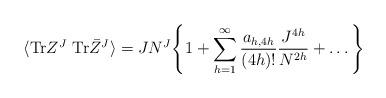
LaTeX: \begin{align*}\langle {\rm Tr}Z^J~ {\rm Tr}\bar Z^J \rangle = J N^J \Bigg\{ 1+ \sum_{h=1}^{\infty} {a_{h,4 h} \over (4 h)!} { J^{4 h} \over N^{2 h}} + \ldots \Bigg\}\end{align*}